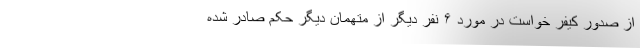
از صدور کیفر خواست در مورد ۶ نفر دیگر از متهمان دیگر حکم صادر شده